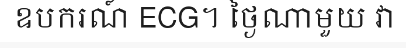
ឧបករណ៍ ECG។ ថ្ងៃណាមួយ វា